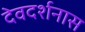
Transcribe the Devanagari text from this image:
देवदर्शनास